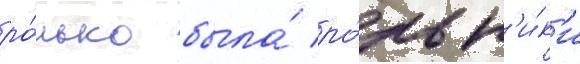
ро́лью была́ ро́ль н'и́к'и